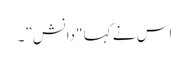
اس نے کہا "دانش”۔